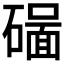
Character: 𥖊